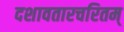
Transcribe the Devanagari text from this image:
दशावतारचरितम्